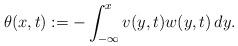
LaTeX: \begin{align*}\theta(x, t) := - \int_{- \infty}^x v(y, t) w(y, t) \, dy.\end{align*}